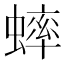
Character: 蟀